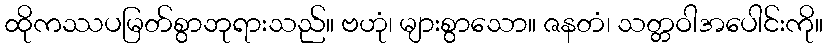
ထိုကဿပမြတ်စွာဘုရားသည်။ ဗဟုံ၊ များစွာသော။ ဇနတံ၊ သတ္တဝါအပေါင်းကို။